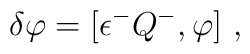
\delta \varphi = [ \epsilon^- Q^- , \varphi ] ~,